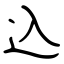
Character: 込